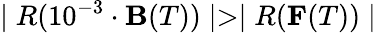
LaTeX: \mid R(10^{-3}\cdot{\mathbf B}(T))\mid>\mid R({\mathbf F}(T))\mid